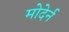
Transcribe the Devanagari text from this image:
मोदेर्न